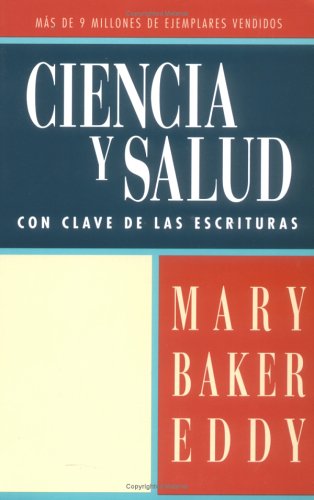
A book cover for Ciencia y Salud Con Clave de Las Escrituras (Spanish and English Edition); Mary Baker Eddy; Christian Books & Bibles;